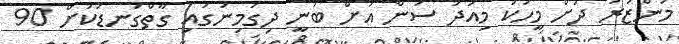
މަންޒަރު ދުށް މީހަކު މިއަދު ސަން އަށް ބުނީ ދިގުމިނުގައި ގާތްގަނޑަކަށް 90